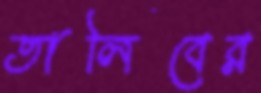
তালিবের